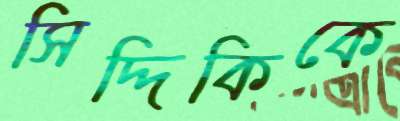
সিদ্দিকিকে